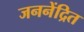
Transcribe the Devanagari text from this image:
जननेंद्रित